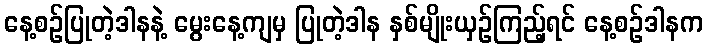
နေ့စဉ်ပြုတဲ့ဒါနနဲ့ မွေးနေ့ကျမှ ပြုတဲ့ဒါန နှစ်မျိုးယှဉ်ကြည့်ရင် နေ့စဉ်ဒါနက